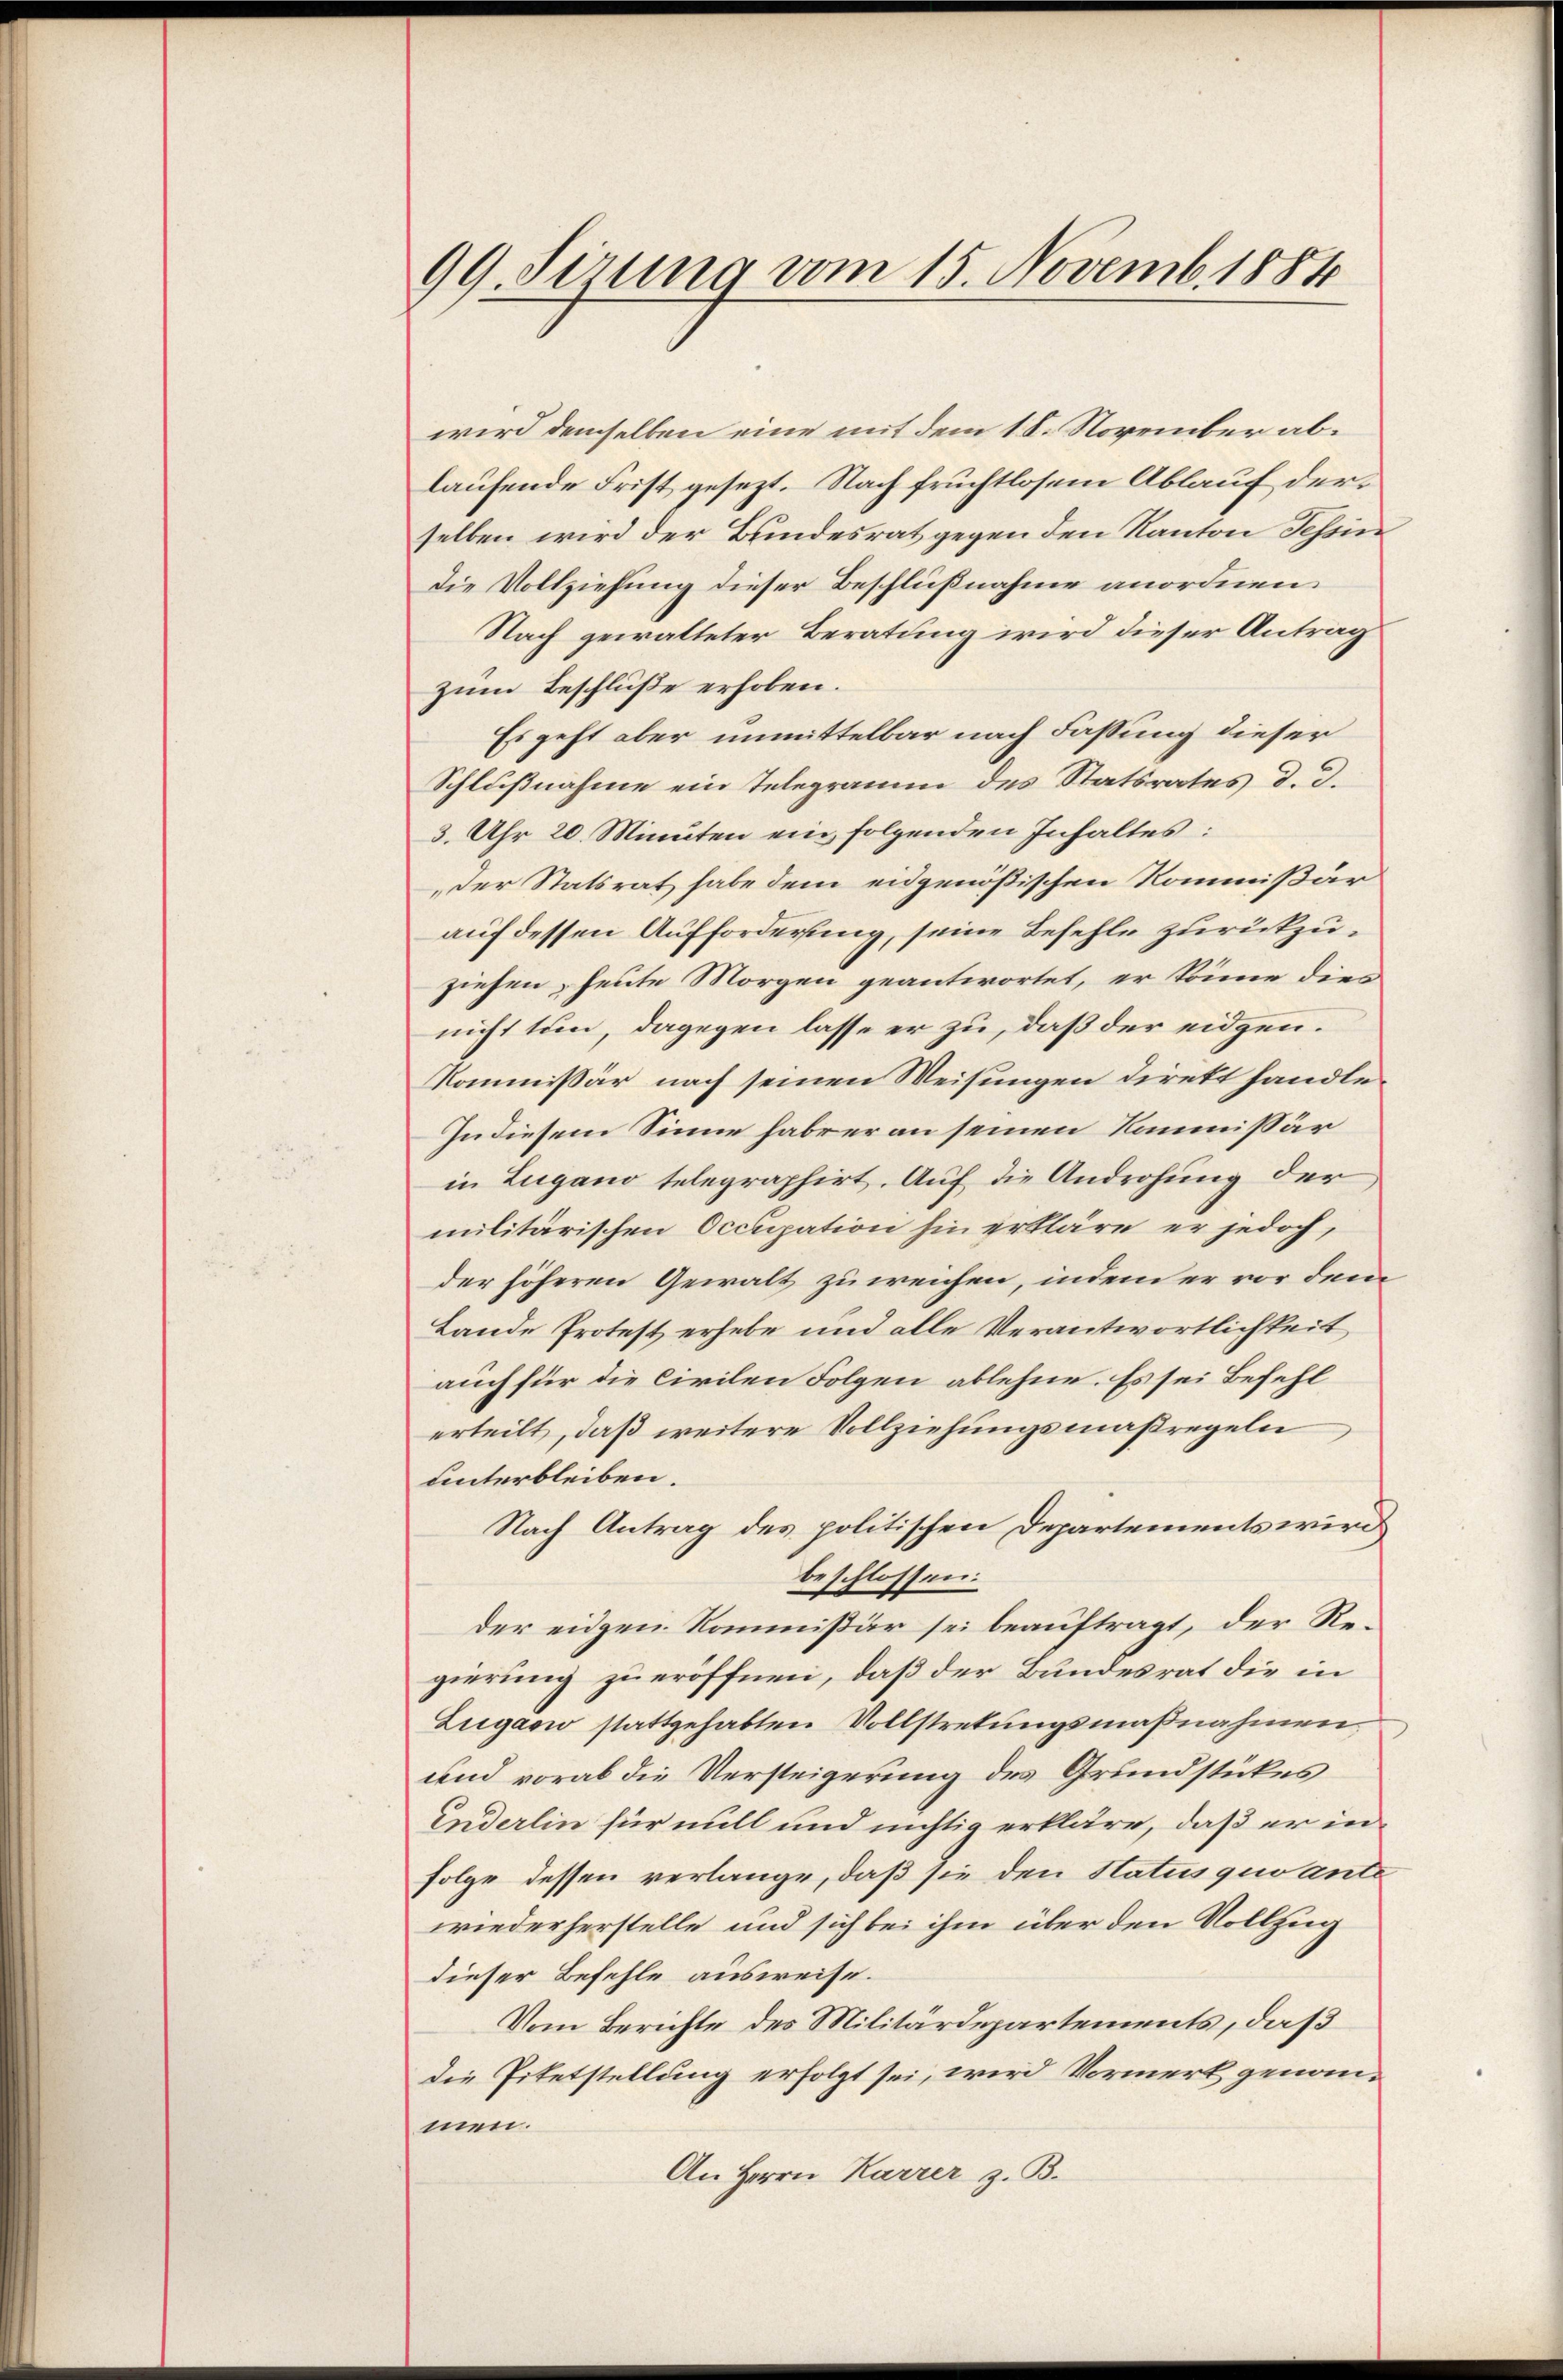
99. Sirung vom 15. Novemb. 1884

wird demselben eine mit dem 18. November ablaufende Frist gesezt. Nach fruchtlosem Ablauf derselben wird der Bundesrat gegen den Kanton Tessin
Die Vollziehung dieser Beschlußnahme anordnen.
Nach gewalteter Beratung wird dieser Antrag
zum Beschluße erhoben.
Es geht aber unmittelbar nach Fassung dieser
Schlußnahme ein Telegramm des Statsrates d. d.
3. Uhr 20. Minuten ein folgenden Inhaltes:
der Statsrat habe dem eidgenößischen Kommißär
auf dessen Aufforderung, seine Befehle zurückzuziehen, heute Morgen geantwortet, er könne dies
nicht tun, dagegen lasse er zu, daß der eidgen.
Kommissär nach seinen Weisungen direkt handle
In diesem Sinne fabrer an seinen Kommissär
in Lugano telegraphirt. Auf die Androhung der
militärischen Occupation hin erkläre er jedoch,
der höheren Gewalt zuweichen, indem er vor dem
Lande Protest erhebe und alle Verantwortlichkeit
auch für die Civilen Folgen ablehne. Es sei Befehl
erteilt, daß weitere Vollziehungsmaßregeln
unterbleiben.
Nach Antrag des politischen Departements wird
beschlossen:
der eidgen. Kommissär sei beauftragt, der Regierung zu eröffnen, daß der Bundesrat die in
Lugano stattgehabten Vollstretungsmaßnahmen.
und vorab die Versteigerung des Grundstückes
Enderlin für mill und nichtig erkläre, daß er in
Folge dessen verlange, daß sie den Status quante
wiederherstelle und sich bei ihm über den Vollzug
dieser Befehle ausweise.
Vom Berichte des Militärdepartements, daß
die Pietstellung erfolgt sei, wird Vormerk genommen.
An Herrn Karrer z. B.